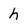
Character: h